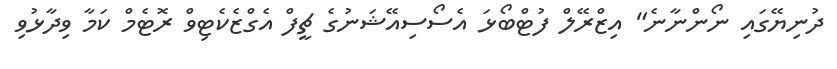
ދުނިޔޭގައި ނޯންނާނެ" އިޒްރޭލް ފުޓްބޯޅަ އެސޯސިއޭޝަނުގެ ޗީފް އެގްޒެކެޓިވް ރޮޓެމް ކަމާ ވިދާޅުވި